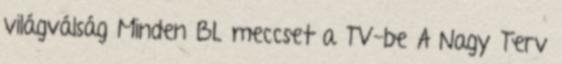
világválság Minden BL meccset a TV-be A Nagy Terv